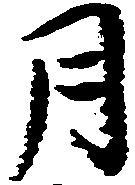
月